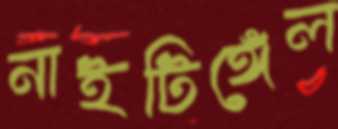
নাইটিঙ্গেল